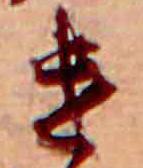
け